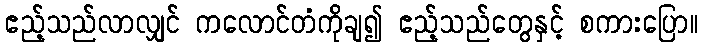
ဧည့်သည်လာလျှင် ကလောင်တံကိုချ၍ ဧည့်သည်တွေနှင့် စကားပြော။